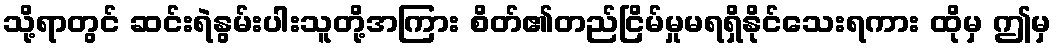
သို့ရာတွင် ဆင်းရဲနွမ်းပါးသူတို့အကြား စိတ်၏တည်ငြိမ်မှုမရရှိနိုင်သေးရကား ထိုမှ ဤမှ